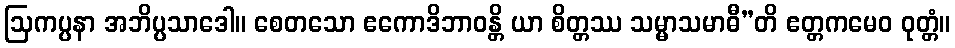
ဩကပ္ပနာ အဘိပ္ပသာဒေါ။ စေတသော ဧကောဒိဘာဝန္တိ ယာ စိတ္တဿ သမ္မာသမာဓီ”တိ ဧတ္တကမေဝ ဝုတ္တံ။